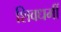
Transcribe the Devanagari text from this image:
शिवधर्मी